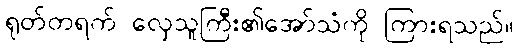
ရုတ်တရက် လှေသူကြီး၏အော်သံကို ကြားရသည်။